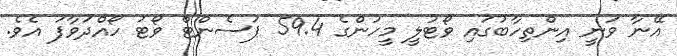
އޭނާ ވަނީ އިންތިހާބުގައި ވޯޓުލީ މީހުންގެ 59.4 ޕަސެންޓް ވޯޓު ހޯއްދަވާފަ އެވެ.